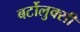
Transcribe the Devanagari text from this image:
बर्टोलुक्सी